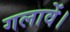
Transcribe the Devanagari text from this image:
गलावें।